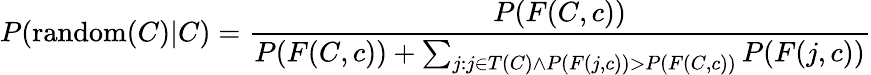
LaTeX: P(\operatorname{random}(C)|C)={\frac{P(F(C,c))}{P(F(C,c))+\sum_{j:j\in T(C)\land P(F(j,c))>P(F(C,c))}P(F(j,c))}}